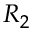
R _ { 2 }